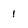
Character: 1